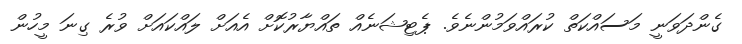
ގެންދަވަނީ މަސައްކަތް ކުރައްވަމުންނެވެ. ޕެޓިޝަނެއް ތައްޔާރުކޮށް އެއަށް ލައްކައަށް ވުރެ ގިނަ މީހުން